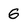
Character: G